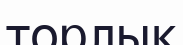
торлық